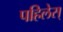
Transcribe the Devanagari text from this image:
पहिलेस्